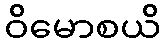
ဝိမောစယိ